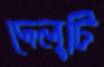
দেলুটি